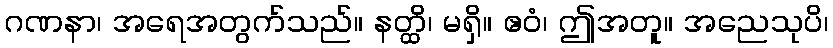
ဂဏနာ၊ အရေအတွက်သည်။ နတ္ထိ၊ မရှိ။ ဧဝံ၊ ဤအတူ။ အညေသုပိ၊